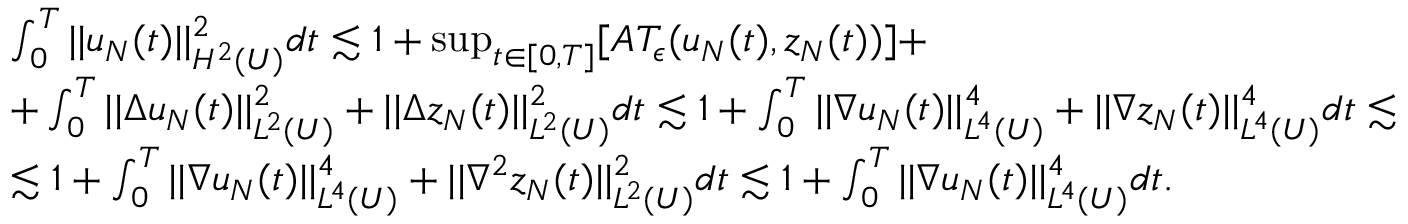
\begin{array} { r l } & { \int _ { 0 } ^ { T } | | u _ { N } ( t ) | | _ { H ^ { 2 } ( U ) } ^ { 2 } d t \lesssim 1 + \operatorname* { s u p } _ { t \in [ 0 , T ] } [ A T _ { \epsilon } ( u _ { N } ( t ) , z _ { N } ( t ) ) ] + } \\ & { + \int _ { 0 } ^ { T } | | \Delta u _ { N } ( t ) | | _ { L ^ { 2 } ( U ) } ^ { 2 } + | | \Delta z _ { N } ( t ) | | _ { L ^ { 2 } ( U ) } ^ { 2 } d t \lesssim 1 + \int _ { 0 } ^ { T } | | \nabla u _ { N } ( t ) | | _ { L ^ { 4 } ( U ) } ^ { 4 } + | | \nabla z _ { N } ( t ) | | _ { L ^ { 4 } ( U ) } ^ { 4 } d t \lesssim } \\ & { \lesssim 1 + \int _ { 0 } ^ { T } | | \nabla u _ { N } ( t ) | | _ { L ^ { 4 } ( U ) } ^ { 4 } + | | \nabla ^ { 2 } z _ { N } ( t ) | | _ { L ^ { 2 } ( U ) } ^ { 2 } d t \lesssim 1 + \int _ { 0 } ^ { T } | | \nabla u _ { N } ( t ) | | _ { L ^ { 4 } ( U ) } ^ { 4 } d t . } \end{array}